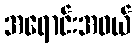
အရောင်းအဝယ်